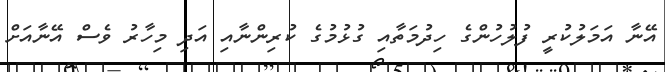
އޭނާ އަމަލުކުރީ ފުލުހުންގެ ހިދުމަތާއި ގުޅުމުގެ ކުރިންނާއި އަދި މިހާރު ވެސް އޭނާއަށް